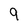
Character: 9